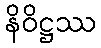
နိဝိဋ္ဌဿ